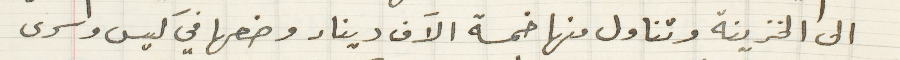
الى الخزينة وتناول منها خمسة الاَف دينار وضعها في كيس وسرى